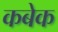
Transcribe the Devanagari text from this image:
कबेक